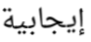
إيجابية